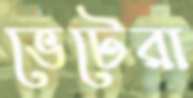
ভেটেরা